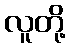
လူတို့